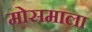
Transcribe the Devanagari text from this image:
मोसमाला